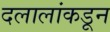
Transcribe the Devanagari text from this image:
दलालांकडून